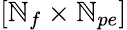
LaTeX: [\mathbb{N}_{f}\times\mathbb{N}_{pe}]